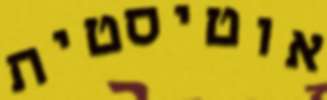
אוטיסטית